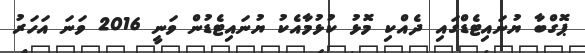
ޕޮގްބާ ޔުނައިޓެޑްގައި ދެއްކި މޮޅު ކުޅުމާއެކު ޔުނައިޓެޑުން ވަނީ 2016 ވަނަ އަހަރު